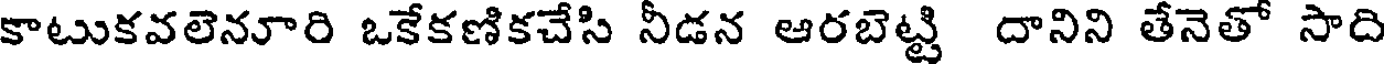
కాటుకవలెనూరి ఒకేకణికచేసి నీడన ఆరబెట్టి దానిని తేనెతో సాది